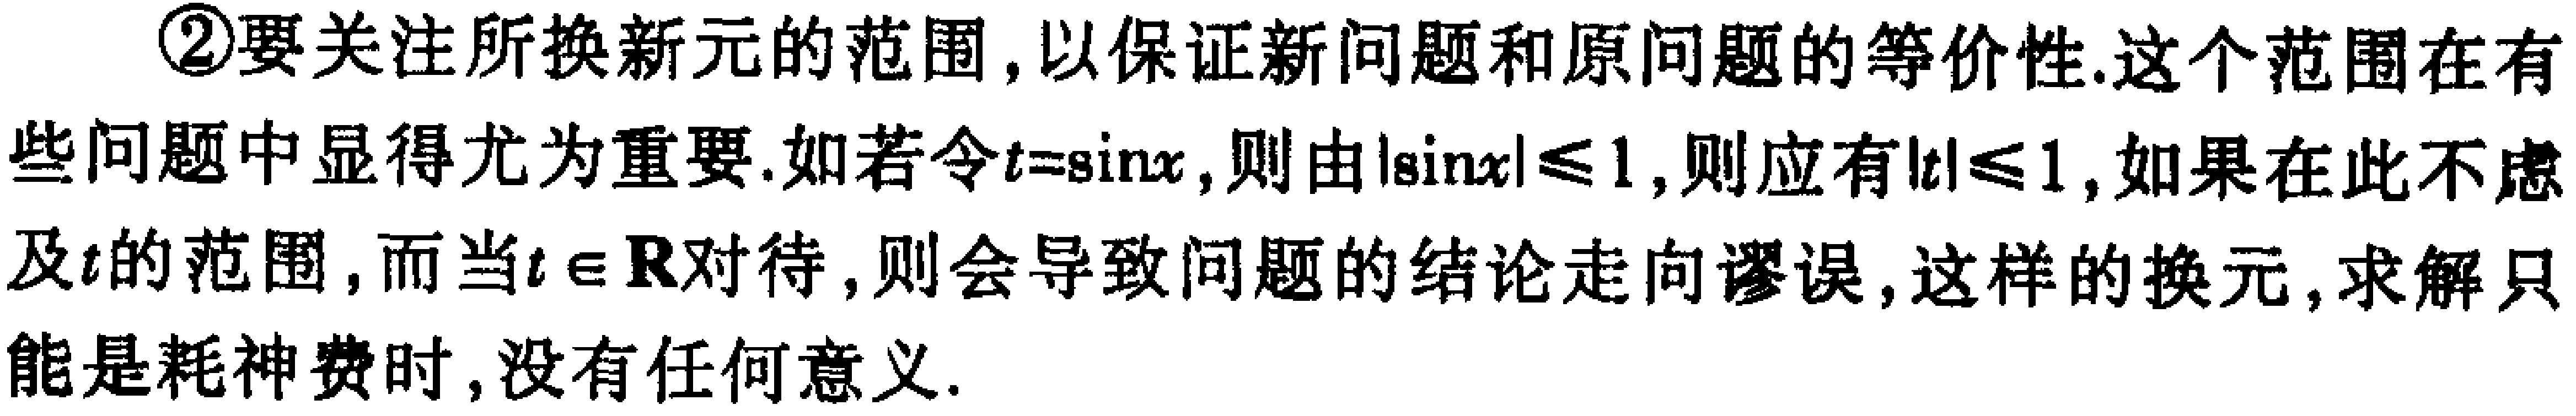
\textcircled{2}要关注所换新元的范围, 以保证新问题和原问题的等价性.这个范围在有些问题中显得尤为重要.如若令\(t = \sin x\), 则由\(\vert\sin x\vert\leqslant1\), 则应有\(\vert t\vert\leqslant1\), 如果在此不虑及\(t\)的范围, 而当\(t\in\mathbb{R}\)对待, 则会导致问题的结论走向谬误, 这样的换元, 求解只能是耗神费时, 没有任何意义.